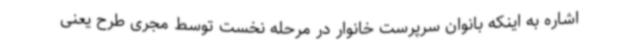
اشاره به اینکه بانوان سرپرست خانوار در مرحله نخست توسط مجری طرح یعنی